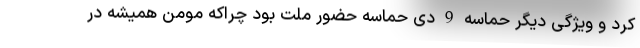
کرد و ویژگی دیگر حماسه 9 دی حماسه حضور ملت بود چراکه مومن همیشه در